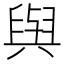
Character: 𫟋